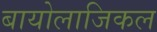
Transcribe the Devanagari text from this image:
बायोलाजिकल